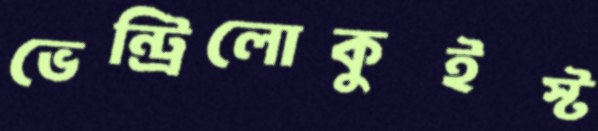
ভেন্ট্রিলোকুইস্ট